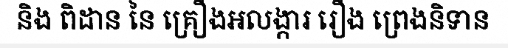
និង ពិដាន នៃ គ្រឿងអលង្ការ រឿង ព្រេងនិទាន